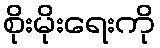
စိုးမိုးရေးကို